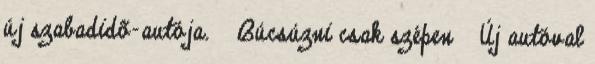
új szabadidõ-autója. » Búcsúzni csak szépen » Új autóval